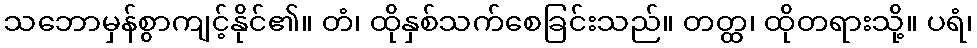
သဘောမှန်စွာကျင့်နိုင်၏။ တံ၊ ထိုနှစ်သက်စေခြင်းသည်။ တတ္ထ၊ ထိုတရားသို့။ ပရံ၊